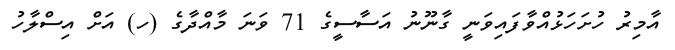
އާމިރު ހުށަހަޅުއްވާފައިވަނީ ގާނޫނު އަސާސީގެ 71 ވަނަ މާއްދާގެ (ހ) އަށް އިސްލާހު